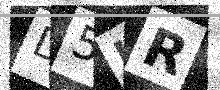
Text: D5KR